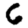
Digit: 6